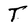
Character: T